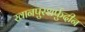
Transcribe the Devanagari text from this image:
खानपुरशर्फुदीन